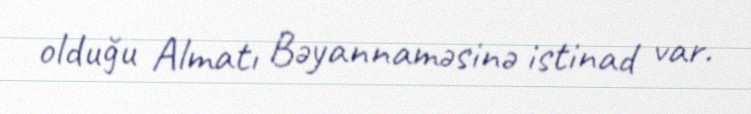
olduğu Almatı Bəyannaməsinə istinad var.